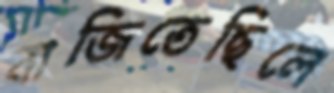
বাজিতেছিলে